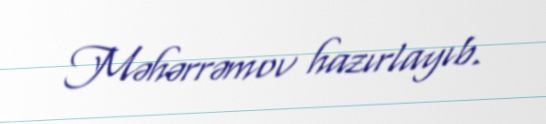
Məhərrəmov hazırlayıb.